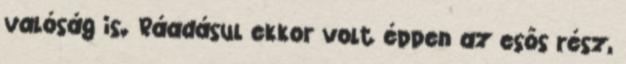
valóság is. Ráadásul ekkor volt éppen az esős rész,